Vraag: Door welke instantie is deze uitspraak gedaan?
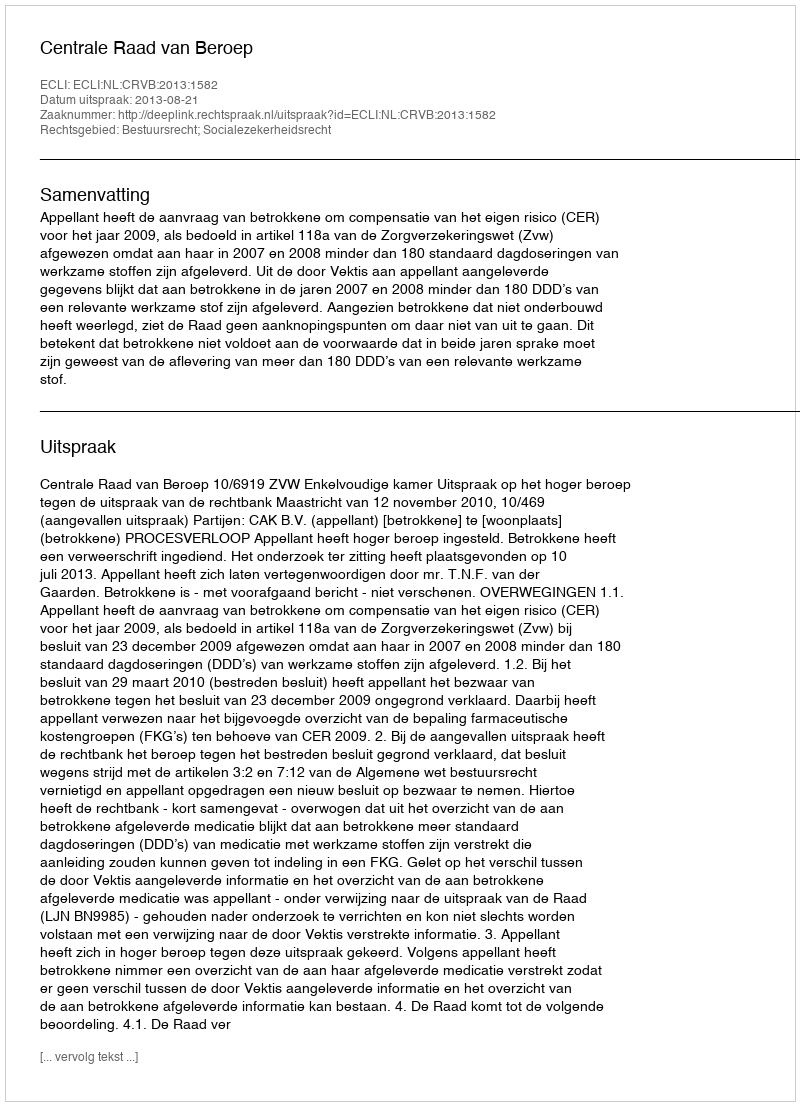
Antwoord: Centrale Raad van Beroep